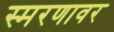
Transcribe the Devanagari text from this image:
स्मरणावर